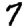
Digit: 7